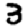
Digit: 3